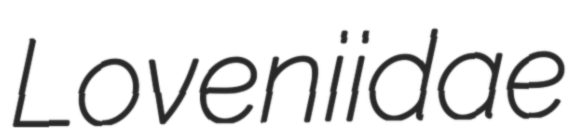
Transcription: Loveniidae